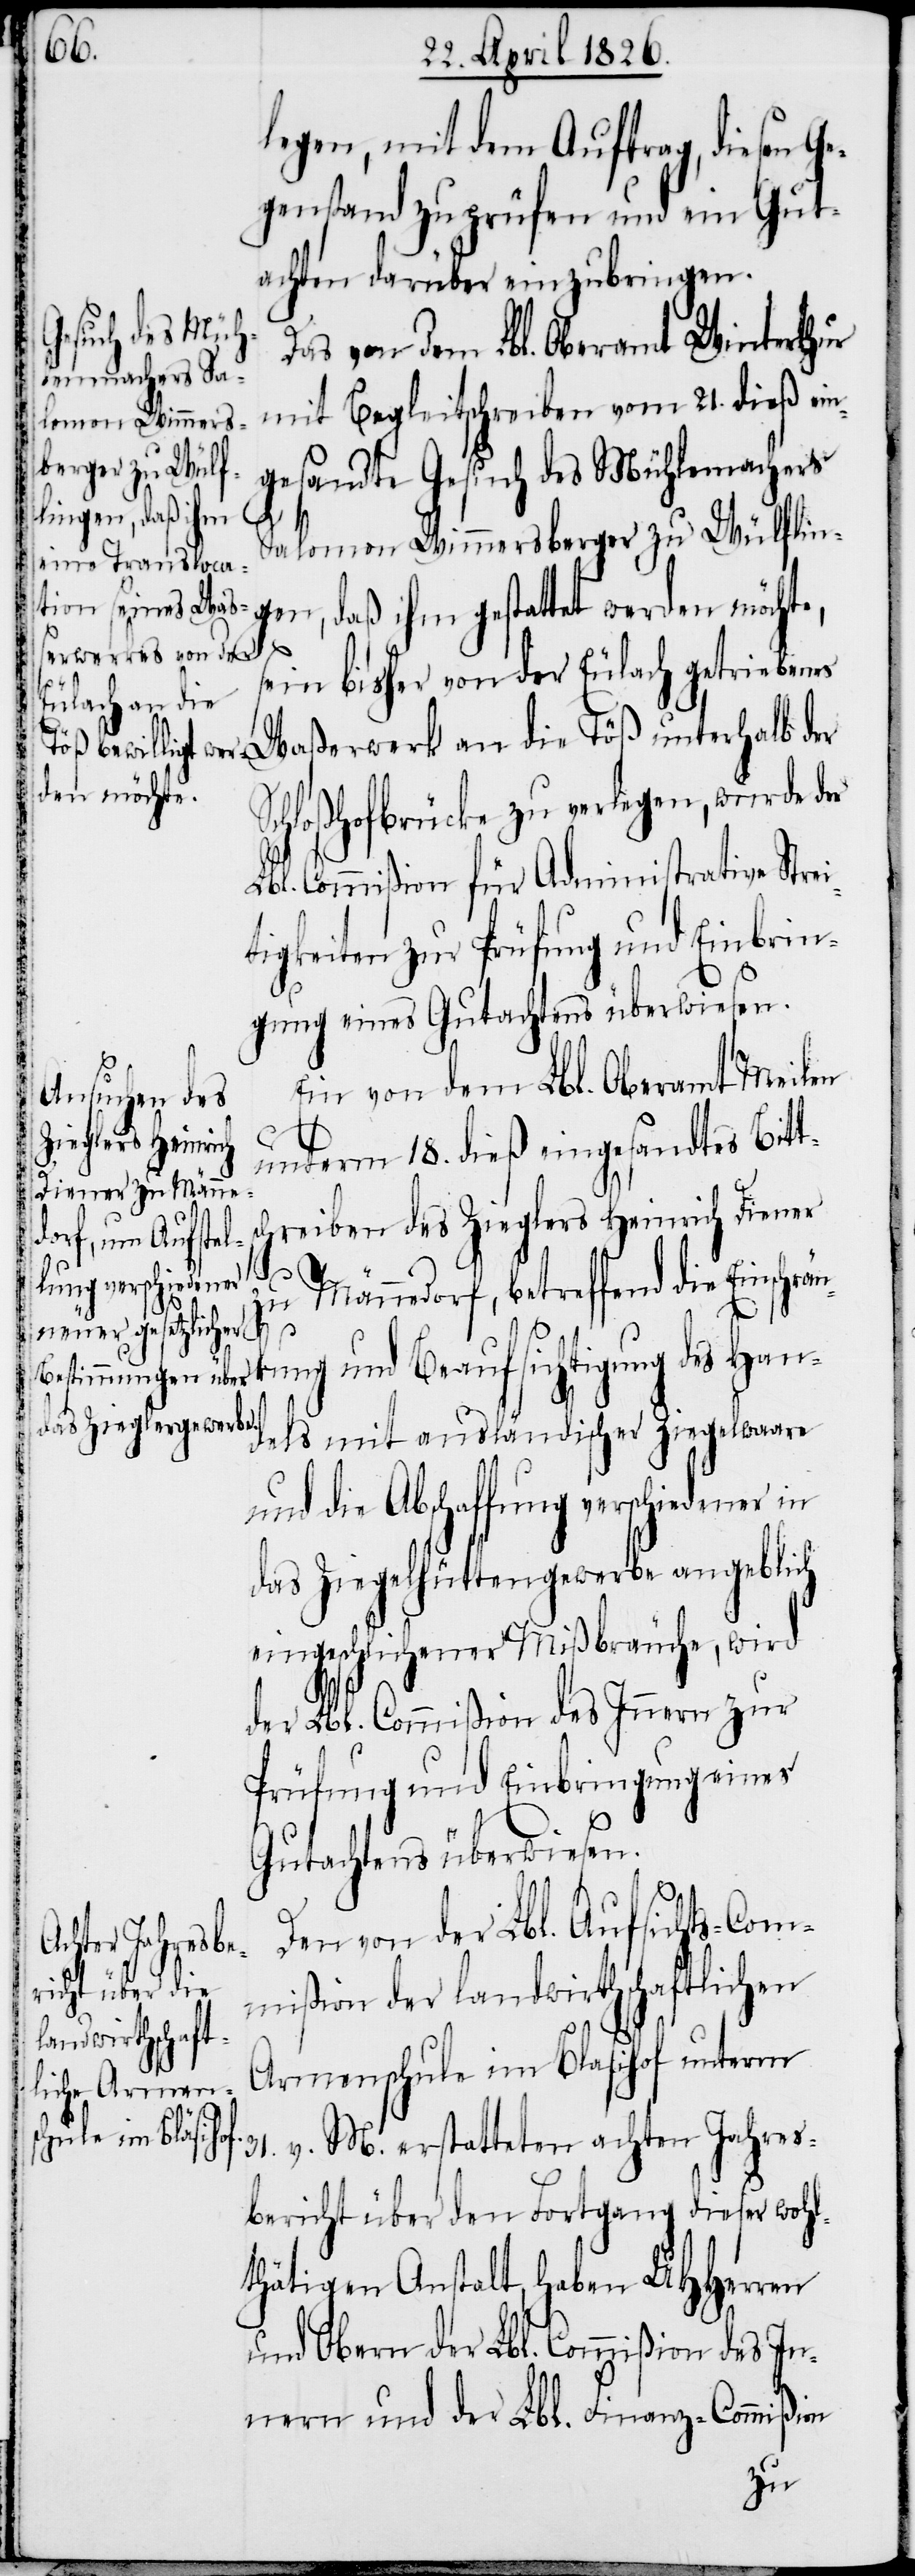
legen, mit dem Auftrag, diesen Ge¬
genstand zu prüfen und ein Gut¬
achten darüber einzubringen.
Das von dem Lbl. Oberamt Winterthur
mit Begleitschreiben vom 21. dieß ein¬
gesandte Gesuch des Mühlemachers
Salomon Wimmersberger zu Wülflin¬
gen, daß ihm gestattet werden möchte,
sein bisher von der Eulach getrieben¬
es Waßerwerk an die Töß unterhalb der
Schloßhofbrücke zu verlegen, wurde der
Lbl. Commißion für Administrative Strei¬
tigkeiten zur Prüfung und Einbrin¬
gung eins Gutachtens überwiesen.
31.
v.
M.
Ein von dem Lbl. Oberamt Meilen
unterm 18. dieß eingesandtes Bitt¬
chreiben des Zieglers Heinrich Diener,
zu Männedorf, betreffend die Einschrän¬
kung und Beaufsichtigung des Han¬
dels mit ausländischer Ziegelwaare
und die Abschaffung verschiedener in
das Ziegelhüttengewerbe angeblich
eingeschlichener Mißbräuche, wird
der Lbl. Commißion des Innern zur
Prüfung und Einbringung eines
Gutachten überwiesen.
Den von der Lbl. Aufsichts-Com¬
achten Jahresb¬
mißion der landwirthschaftlichen
Armenschule im Blasihof unterm
ericht über den Fortgang dieser wohl¬
thätigen Anstalt, haben UHHerren
und Obern der Lbl. Commißion des In¬
nern und der Lbl. Finanz-Commißion